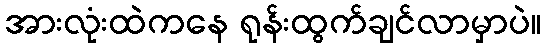
အားလုံးထဲကနေ ရုန်းထွက်ချင်လာမှာပဲ။